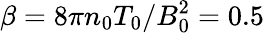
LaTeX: \beta=8\pi n_{0}T_{0}/B_{0}^{2}=0.5